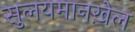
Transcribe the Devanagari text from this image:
सुलयमानख़ेल